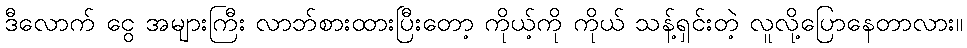
ဒီလောက် ငွေ အများကြီး လာဘ်စားထားပြီးတော့ ကိုယ့်ကို ကိုယ် သန့်ရှင်းတဲ့ လူလို့ပြောနေတာလား။